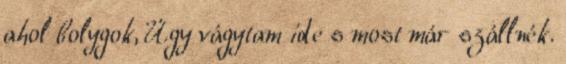
ahol bolygok, Úgy vágytam ide s most már szállnék.